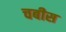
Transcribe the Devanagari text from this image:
चबीस